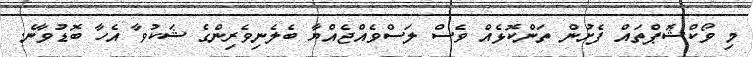
މި ވޯކްޝޮޕްތައް ފެށުން ތަންކޮޅެއް ވެސް ލަސްވެއްޖެއްޔާ ބެލެނިވެރިންގެ ޝަކުވާ އެހާ ބޮޑުވާނެ.